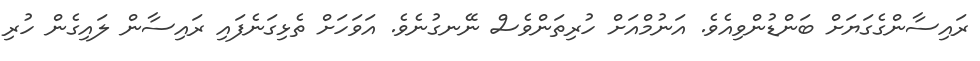
ރައިސާންގެގަޔަށް ބަންޑުންވިއެވެ. އަނުމްއަށް ހުރިތަންވެސް ނޭނގުނެވެ. އަވަހަށް ތެޅިގަނެފައި ރައިސާން ލައިގެން ހުރި